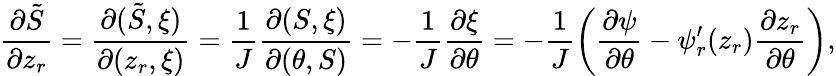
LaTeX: \frac{\partial\tilde{S}}{\partial z_{r}}=\frac{\partial(\tilde{S},\xi)}{\partial(z_{r},\xi)}=\frac{1}{J}\frac{\partial(S,\xi)}{\partial(\theta,S)}=-\frac{1}{J}\frac{\partial\xi}{\partial\theta}=-\frac{1}{J}\left(\frac{\partial\psi}{\partial\theta}-\psi_{r}^{\prime}(z_{r})\frac{\partial z_{r}}{\partial\theta}\right),